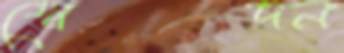
স্বেদন